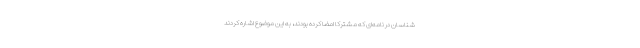
شناسان در نامه‌ای که مشترکا امضا کرده بودند، به این موضوع اشاره کردند